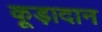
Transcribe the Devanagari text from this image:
कूड़ादान